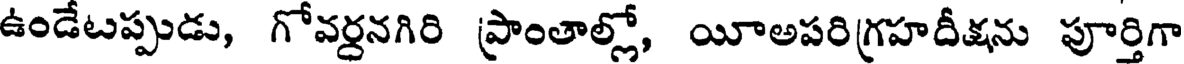
ఉండేటప్పుడు, గోవర్దనగిరి ప్రాంతాల్లో, యీఅపరిగ్రహదీక్షను పూర్తిగా